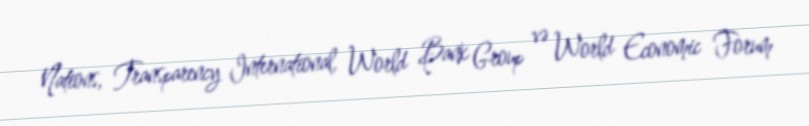
Nations, Transparency International, World Bank Group və World Economic Forum